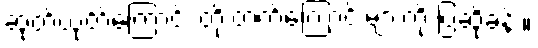
ဆုတ်ယုတ်ကြောင်း တိုးတက်ကြောင်းများကို ပြဆိုခန်း။